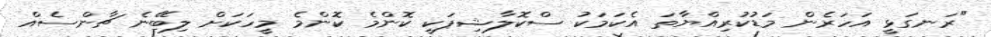
"ރަނގަޅީ އަހަރެން މަޑުކުރިއްޔާތަ އެކަމަކު ސްކޮލާޝިޕަކީ ކޮންމެ ކޮންމެ މީހަކަށް ލިބޭނެ ޗާންސެއް